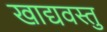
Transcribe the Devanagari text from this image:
खाद्यवस्तु